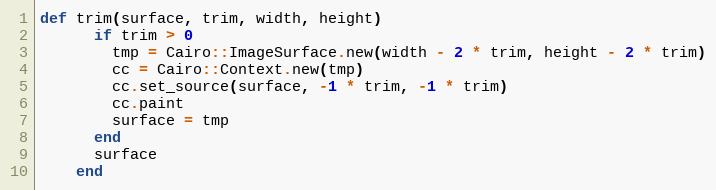
Language: Ruby
def trim(surface, trim, width, height)
      if trim > 0
        tmp = Cairo::ImageSurface.new(width - 2 * trim, height - 2 * trim)
        cc = Cairo::Context.new(tmp)
        cc.set_source(surface, -1 * trim, -1 * trim)
        cc.paint
        surface = tmp
      end
      surface
    end